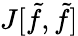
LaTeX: J[\tilde{f},\tilde{f}]